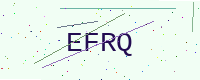
Text: EFRQ